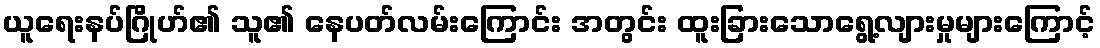
ယူရေးနပ်ဂြိုဟ်၏ သူ၏ နေပတ်လမ်းကြောင်း အတွင်း ထူးခြားသောရွေ့လျားမှုများကြောင့်